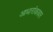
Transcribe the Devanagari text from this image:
आधारांकावर